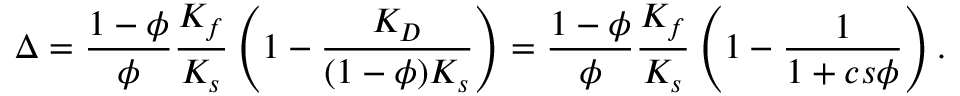
\Delta = \frac { 1 - \phi } { \phi } \frac { K _ { f } } { K _ { s } } \left( 1 - \frac { K _ { D } } { ( 1 - \phi ) K _ { s } } \right) = \frac { 1 - \phi } { \phi } \frac { K _ { f } } { K _ { s } } \left( 1 - \frac { 1 } { 1 + c s \phi } \right) .